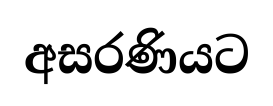
අසරණියට